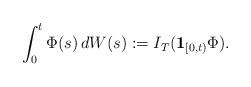
LaTeX: \begin{align*}\int_0^t\Phi(s)\,dW(s):=I_T(\mathbf{1}_{[0,t)}\Phi).\end{align*}